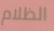
الظلام